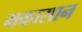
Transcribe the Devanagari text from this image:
मकासान